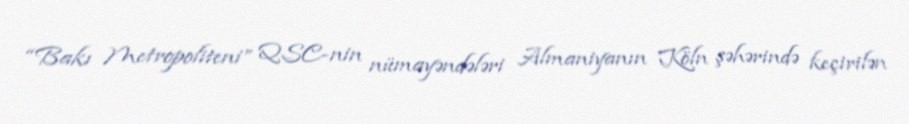
“Bakı Metropoliteni” QSC-nin nümayəndələri Almaniyanın Köln şəhərində keçirilən